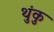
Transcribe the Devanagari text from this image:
थुंकु